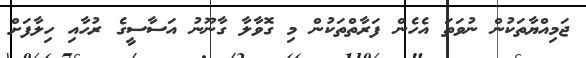
ޖަމިއްޔާތަކުން ނުވަތަ އެހެން ފަރާތްތަކުން މި ގޮވާލާ ގާނޫނު އަސާސީގެ ރުހާއި ހިލާފަށް